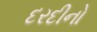
દરદીનો